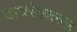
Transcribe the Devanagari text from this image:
डायरेक्शनल